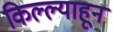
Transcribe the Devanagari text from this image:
किल्ल्याहून